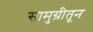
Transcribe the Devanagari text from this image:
सामुग्रीतून